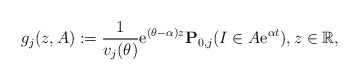
\begin{align*}g_j(z, A) : = \frac{1}{v_j(\theta)} {\rm e}^{(\theta-\alpha)z}\mathbf{P}_{0,j}(I \in A{\rm e}^{\alpha t}), z\in\mathbb{R},\end{align*}